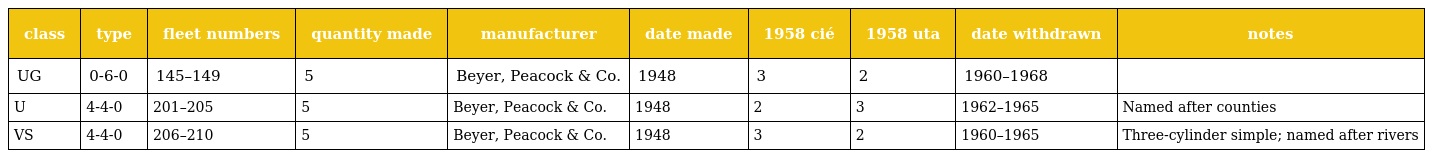
| class | type | fleet numbers | quantity made | manufacturer | date made | 1958 cié | 1958 uta | date withdrawn | notes |
 | --- | --- | --- | --- | --- | --- | --- | --- | --- | --- |
 | UG | 0-6-0 | 145–149 | 5 | Beyer, Peacock & Co. | 1948 | 3 | 2 | 1960–1968 |  |
 | U | 4-4-0 | 201–205 | 5 | Beyer, Peacock & Co. | 1948 | 2 | 3 | 1962–1965 | Named after counties |
 | VS | 4-4-0 | 206–210 | 5 | Beyer, Peacock & Co. | 1948 | 3 | 2 | 1960–1965 | Three-cylinder simple; named after rivers |